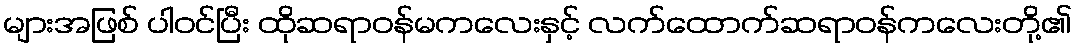
များအဖြစ် ပါဝင်ပြီး ထိုဆရာဝန်မကလေးနှင့် လက်ထောက်ဆရာဝန်ကလေးတို့၏